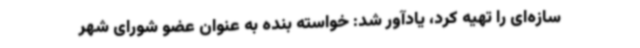
سازه‌ای را تهیه کرد، یادآور شد: خواسته بنده به عنوان عضو شورای شهر